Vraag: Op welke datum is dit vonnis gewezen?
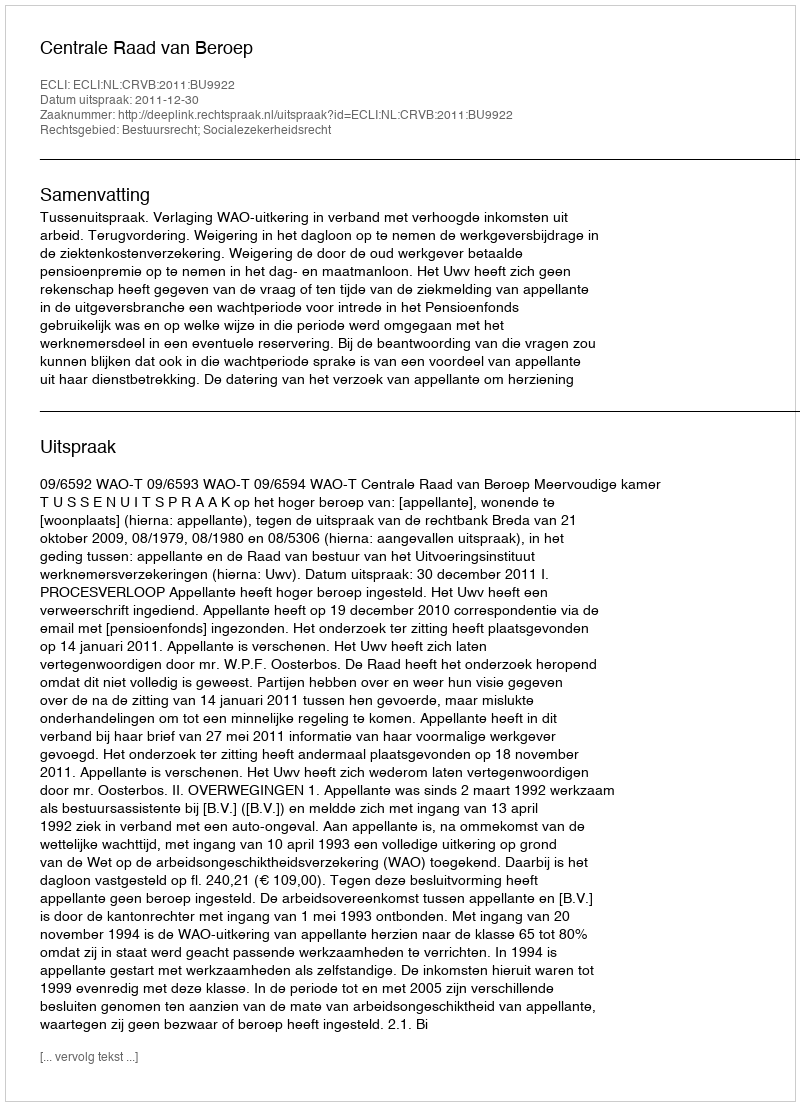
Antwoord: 2011-12-30